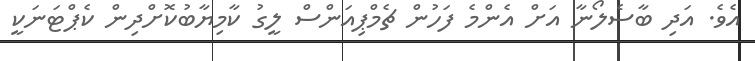
އެވެ. އަދި ބާސެލޯނާ އަށް އެންމެ ފަހުން ޗެމްޕިއަންސް ލީގު ކާމިޔާބުކޮށްދިން ކެޕްޓަނަކީ